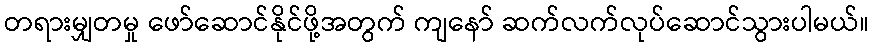
တရားမျှတမှု ဖော်ဆောင်နိုင်ဖို့အတွက် ကျနော် ဆက်လက်လုပ်ဆောင်သွားပါမယ်။